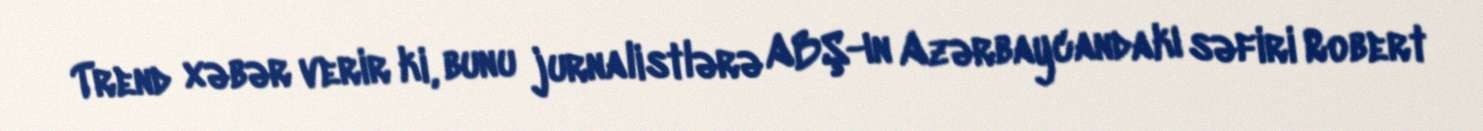
Trend xəbər verir ki, bunu jurnalistlərə ABŞ-ın Azərbaycandakı səfiri Robert